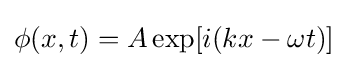
\phi (x,t)=A\exp[i(kx-\omega t)]